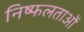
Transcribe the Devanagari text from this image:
निष्फलताओं